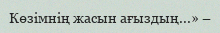
Көзімнің жасын ағыздың...» –